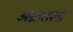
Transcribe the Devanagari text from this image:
अग्रवाला